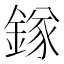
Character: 𨪂